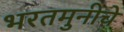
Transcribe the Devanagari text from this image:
भरतमुनीचे